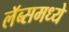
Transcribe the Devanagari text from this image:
लॅब्समध्ये